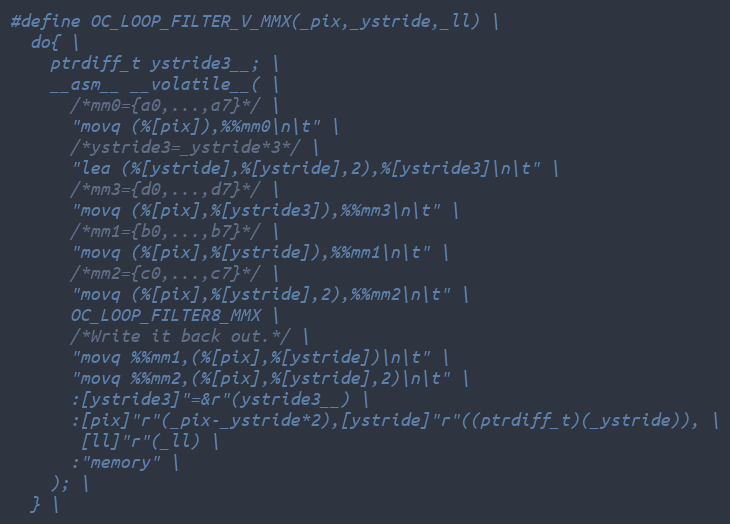
Language: C
#define OC_LOOP_FILTER_V_MMX(_pix,_ystride,_ll) \
  do{ \
    ptrdiff_t ystride3__; \
    __asm__ __volatile__( \
      /*mm0={a0,...,a7}*/ \
      "movq (%[pix]),%%mm0\n\t" \
      /*ystride3=_ystride*3*/ \
      "lea (%[ystride],%[ystride],2),%[ystride3]\n\t" \
      /*mm3={d0,...,d7}*/ \
      "movq (%[pix],%[ystride3]),%%mm3\n\t" \
      /*mm1={b0,...,b7}*/ \
      "movq (%[pix],%[ystride]),%%mm1\n\t" \
      /*mm2={c0,...,c7}*/ \
      "movq (%[pix],%[ystride],2),%%mm2\n\t" \
      OC_LOOP_FILTER8_MMX \
      /*Write it back out.*/ \
      "movq %%mm1,(%[pix],%[ystride])\n\t" \
      "movq %%mm2,(%[pix],%[ystride],2)\n\t" \
      :[ystride3]"=&r"(ystride3__) \
      :[pix]"r"(_pix-_ystride*2),[ystride]"r"((ptrdiff_t)(_ystride)), \
       [ll]"r"(_ll) \
      :"memory" \
    ); \
  } \